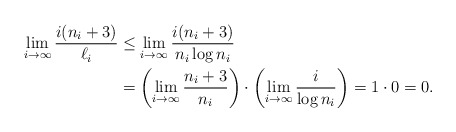
\begin{align*}\lim_{i \to \infty} \frac{i(n_i+3)}{\ell_i} &\le \lim_{i \to \infty} \frac{i(n_i+3)}{n_i \log n_i } \\&= \left( \lim_{i \to \infty} \frac{n_i+3}{n_i} \right) \cdot \left( \lim_{i \to \infty} \frac{i}{\log n_i} \right) = 1 \cdot 0 = 0. \end{align*}